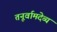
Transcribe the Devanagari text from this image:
तनूर्वामदेव्यं